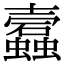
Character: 蠧